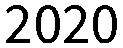
2020